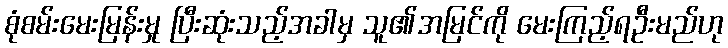
စုံစမ်းမေးမြန်းမှု ပြီးဆုံးသည့်အခါမှ သူ၏အမြင်ကို မေးကြည့်ရဦးမည်ဟု